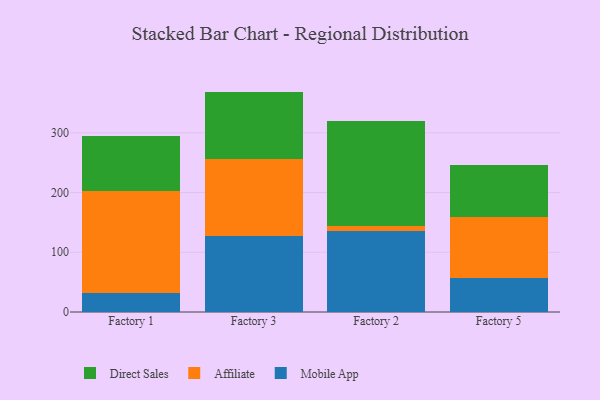
{"axis": {"x": "Factory", "y": "Energy Usage (MWh)"}, "legend": ["Affiliate", "Direct Sales", "Mobile App"], "data": [{"x": "Factory 1", "y": 32.6, "type": "Mobile App"}, {"x": "Factory 1", "y": 170.6, "type": "Affiliate"}, {"x": "Factory 1", "y": 91.8, "type": "Direct Sales"}, {"x": "Factory 3", "y": 126.6, "type": "Mobile App"}, {"x": "Factory 3", "y": 130.1, "type": "Affiliate"}, {"x": "Factory 3", "y": 112.4, "type": "Direct Sales"}, {"x": "Factory 2", "y": 136.4, "type": "Mobile App"}, {"x": "Factory 2", "y": 7.7, "type": "Affiliate"}, {"x": "Factory 2", "y": 176.3, "type": "Direct Sales"}, {"x": "Factory 5", "y": 56.6, "type": "Mobile App"}, {"x": "Factory 5", "y": 102.0, "type": "Affiliate"}, {"x": "Factory 5", "y": 87.1, "type": "Direct Sales"}]}